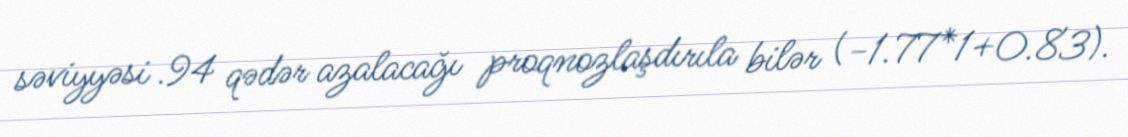
səviyyəsi .94 qədər azalacağı proqnozlaşdırıla bilər (−1.77*1+0.83).